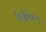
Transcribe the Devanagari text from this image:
७४०५